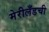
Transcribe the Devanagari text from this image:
मेरीलँडची